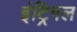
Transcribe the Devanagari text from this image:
इंट्रिगल